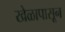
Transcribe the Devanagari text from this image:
खेळापासून